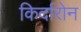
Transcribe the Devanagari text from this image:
किर्दारोन